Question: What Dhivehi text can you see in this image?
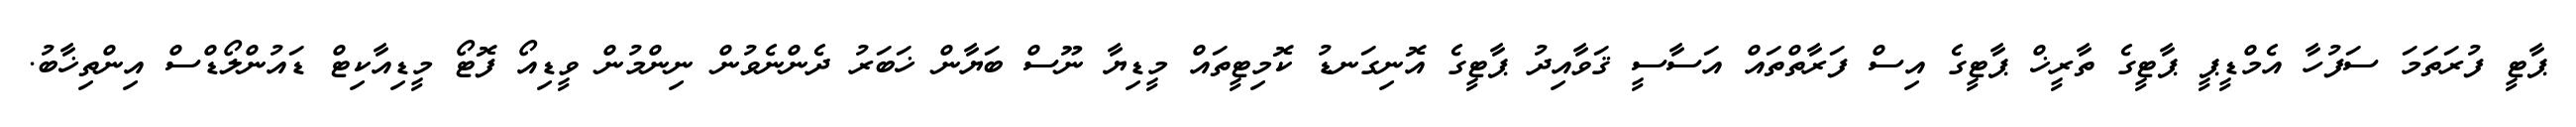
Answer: ޕާޓީ ފުރަތަމަ ސަފުހާ އެމްޑީޕީ ޕާޓީގެ ތާރީޚް ޕާޓީގެ އިސް ފަރާތްތައް އަސާސީ ޤަވާއިދު ޕާޓީގެ އޮނިގަނޑު ކޮމިޓީތައް މީޑިޔާ ނޫސް ބަޔާން ޚަބަރު ދެންނެވުން ނިންމުން ވީޑިއޯ ފޮޓޯ މީޑިއާކިޓް ޑައުންލޯޑްސް އިންތިޚާބު.